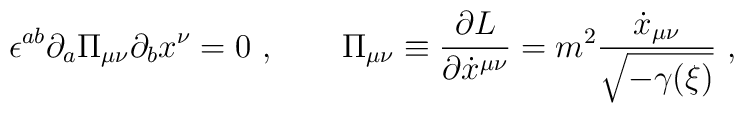
\epsilon^{ab}\partial_a \Pi_{\mu\nu}\partial_b x^\nu=0\ ,\qquad\Pi_{\mu\nu}\equiv {\partial L\over\partial\dot x^{\mu\nu}}=m^2{\dot x_{\mu\nu}\over\sqrt{-\gamma({\xi})}}\ ,